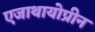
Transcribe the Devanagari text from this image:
एजाथायोप्रीन